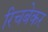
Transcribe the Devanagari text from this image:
रिचबेकर